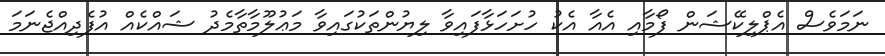
ނަމަވެސް އެޕްލިކޭޝަން ފޯމާއި އެއާ އެކު ހުށަހަޅާފައިވާ ލިޔުންތަކުގައިވާ މަޢުލޫމާތާމެދު ޝައްކެއް އުފެދިއްޖެނަމަ